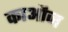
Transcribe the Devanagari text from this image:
काऔज